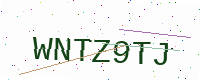
Text: WNTZ9TJ